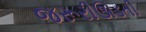
જરૂરીઊડતી